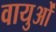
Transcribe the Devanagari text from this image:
वायुओं